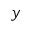
y